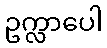
ဥက္လာပေါ